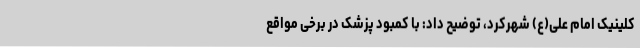
کلینیک امام علی(ع) شهرکرد، توضیح داد: با کمبود پزشک در برخی مواقع